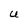
Character: U